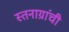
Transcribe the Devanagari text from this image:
स्तनाग्रांची